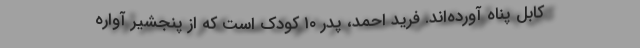
کابل پناه آورده‌اند. فرید احمد، پدر ۱۰ کودک است که از پنجشیر آواره